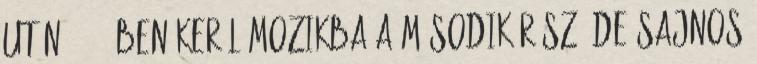
után, 2014-ben kerül mozikba a második rész, de sajnos